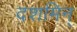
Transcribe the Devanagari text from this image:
दशमिन्‌